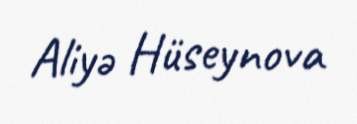
Aliyə Hüseynova